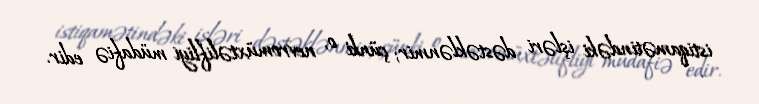
istiqamətindəki işləri dəstəklənmir; çünki o, nevromüxtəlifliyi müdafiə edir.